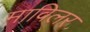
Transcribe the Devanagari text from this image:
माविलर